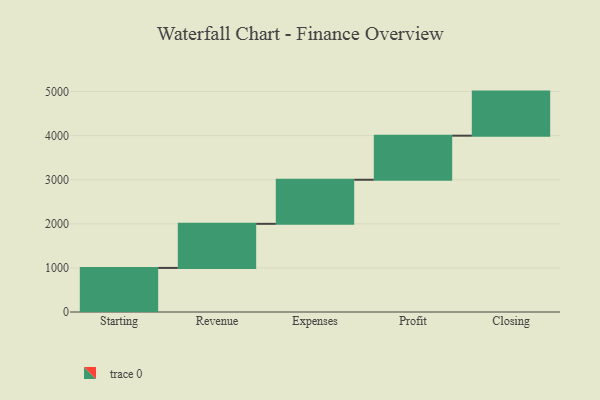
{"axis": {"x": "Step", "y": "Value"}, "legend": [""], "data": [{"x": "Starting", "y": 1000, "type": ""}, {"x": "Revenue", "y": 1000, "type": ""}, {"x": "Expenses", "y": 1000, "type": ""}, {"x": "Profit", "y": 1000, "type": ""}, {"x": "Closing", "y": 1000, "type": ""}]}